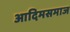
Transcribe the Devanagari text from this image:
आदिमसमाज